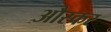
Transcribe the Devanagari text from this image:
औस्कर